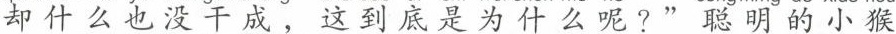
却什么也没干成，这到底是为什么呢？“聪明的小猴